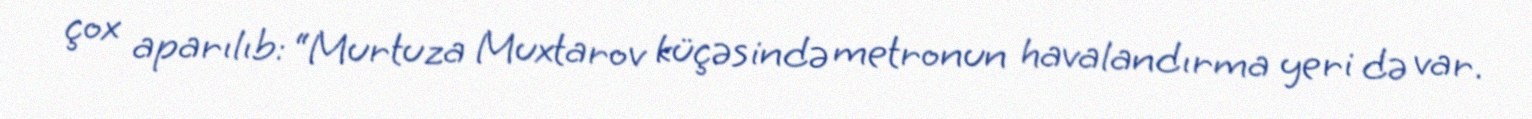
çox aparılıb: “Murtuza Muxtarov küçəsində metronun havalandırma yeri də var.